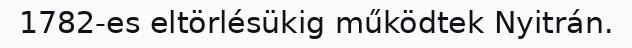
1782-es eltörlésükig működtek Nyitrán.